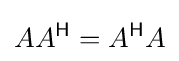
AA^{\mathsf {H}}=A^{\mathsf {H}}A